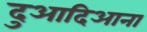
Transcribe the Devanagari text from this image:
दुआदिआना